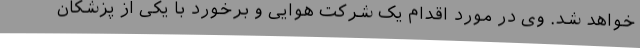
خواهد شد. وی در مورد اقدام یک شرکت هوایی و برخورد با یکی از پزشکان